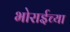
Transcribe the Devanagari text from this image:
भोराईच्या